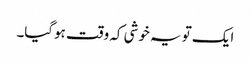
ایک تو یہ خوشی کہ وقت ہوگیا۔